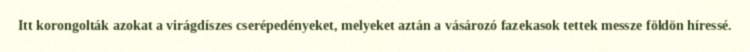
Itt korongolták azokat a virágdíszes cserépedényeket, melyeket aztán a vásározó fazekasok tettek messze földön híressé.